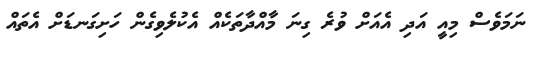
ނަމަވެސް މިއީ އަދި އެއަށް ވުރެ ގިނަ މާއްދާތަކެއް އެކުލެވިގެން ހަށިގަނޑަށް އެތައް